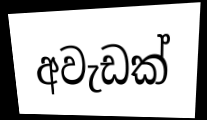
අවැඩක්